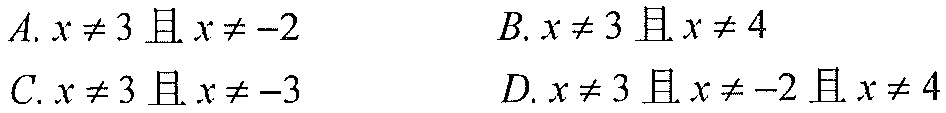
\(A.\ x\neq3\)且\(x\neq - 2\)  \(B.\ x\neq3\)且\(x\neq4\)
\(C.\ x\neq3\)且\(x\neq - 3\)  \(D.\ x\neq3\)且\(x\neq - 2\)且\(x\neq4\)